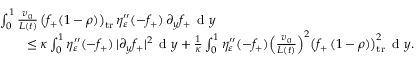
\begin{array} { r l } & { \int _ { 0 } ^ { 1 } \frac { v _ { 0 } } { L ( t ) } \, \bigl ( f _ { + } ( 1 - \rho ) \bigr ) _ { \mathrm { t r } } \, \eta _ { \varepsilon } ^ { \prime \prime } ( - f _ { + } ) \, \partial _ { y } f _ { + } \, \textup { d } y } \\ & { \qquad \le \kappa \int _ { 0 } ^ { 1 } \eta _ { \varepsilon } ^ { \prime \prime } ( - f _ { + } ) \, | \partial _ { y } f _ { + } | ^ { 2 } \, \textup { d } y + \frac { 1 } { \kappa } \int _ { 0 } ^ { 1 } \eta _ { \varepsilon } ^ { \prime \prime } ( - f _ { + } ) \Big ( \frac { v _ { 0 } } { L ( t ) } \Big ) ^ { 2 } \bigl ( f _ { + } \, ( 1 - \rho ) \bigr ) _ { \mathrm { t r } } ^ { 2 } \, \textup { d } y . } \end{array}